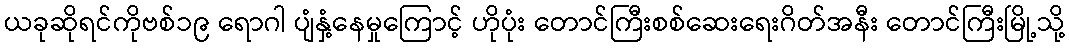
ယခုဆိုရင်ကိုဗစ်၁၉ ရောဂါ ပျံနှံ့နေမှုကြောင့် ဟိုပုံး တောင်ကြီးစစ်ဆေးရေးဂိတ်အနီး တောင်ကြီးမြို့သို့